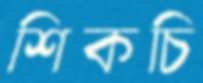
শিকচি